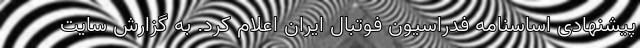
پیشنهادی اساسنامه فدراسیون فوتبال ایران اعلام کرد. به گزارش سایت